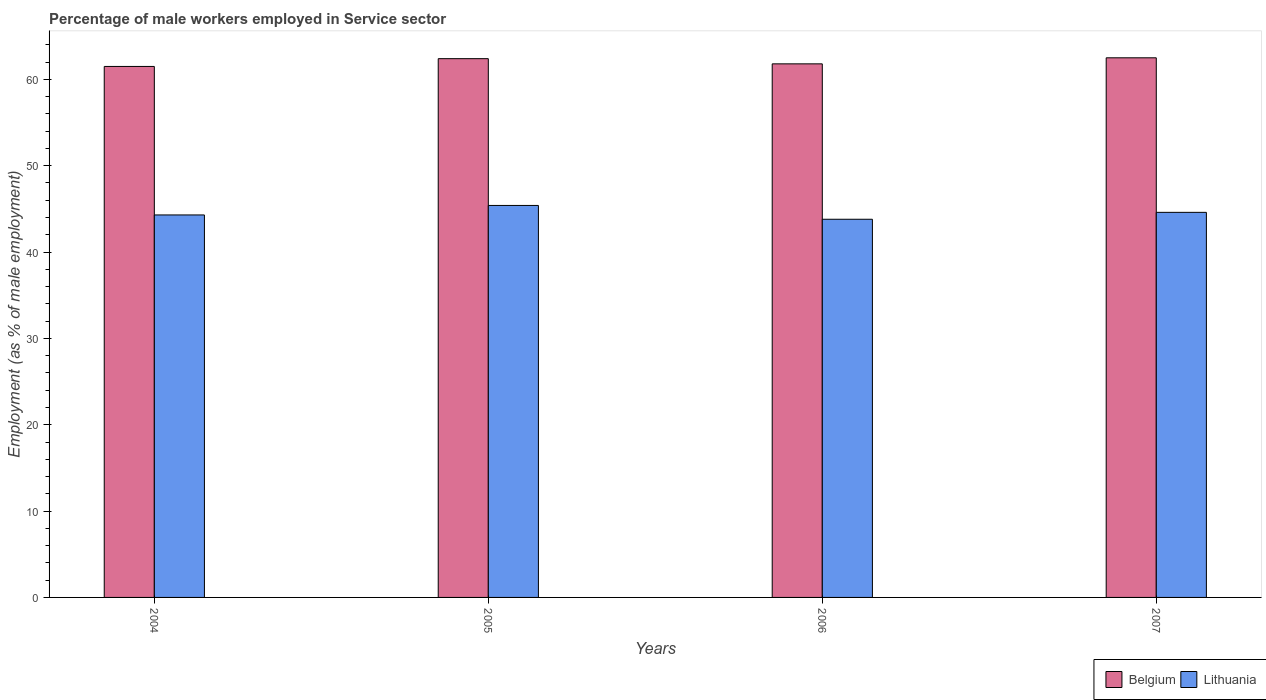
| Years | Belgium | Lithuania |
 | --- | --- | --- |
 | 2004 | 61.5 | 44.3 |
 | 2005 | 62.4 | 45.4 |
 | 2006 | 61.8 | 43.8 |
 | 2007 | 62.5 | 44.6 |